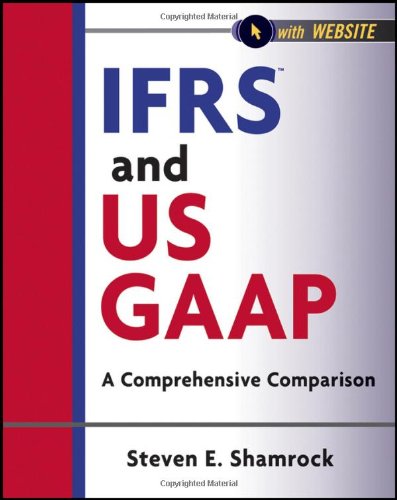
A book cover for IFRS and US GAAP, with Website: A Comprehensive Comparison; Steven E. Shamrock; Business & Money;